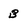
Character: B